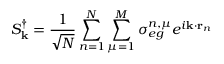
S _ { \textbf k } ^ { \dagger } = \frac { 1 } { \sqrt { N } } \sum _ { n = 1 } ^ { N } \sum _ { \mu = 1 } ^ { M } \sigma _ { e g } ^ { n , \mu } e ^ { i { \textbf k } \cdot \mathbf { r } _ { n } }